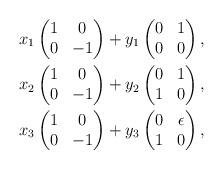
LaTeX: \begin{align*} &x_1 \begin{pmatrix} 1 & 0 \\ 0 & -1 \end{pmatrix} + y_1 \begin{pmatrix} 0 & 1 \\ 0 & 0 \end{pmatrix}, \\&x_2 \begin{pmatrix} 1 & 0 \\ 0 & -1 \end{pmatrix} + y_2 \begin{pmatrix} 0 & 1 \\ 1 & 0 \end{pmatrix}, \\&x_3 \begin{pmatrix} 1 & 0 \\ 0 & -1 \end{pmatrix} + y_3 \begin{pmatrix} 0 & \epsilon \\ 1 & 0 \end{pmatrix},\end{align*}